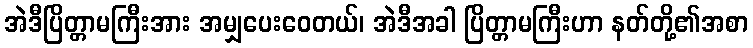
အဲဒီပြိတ္တာမကြီးအား အမျှပေးဝေတယ်၊ အဲဒီအခါ ပြိတ္တာမကြီးဟာ နတ်တို့၏အစာ